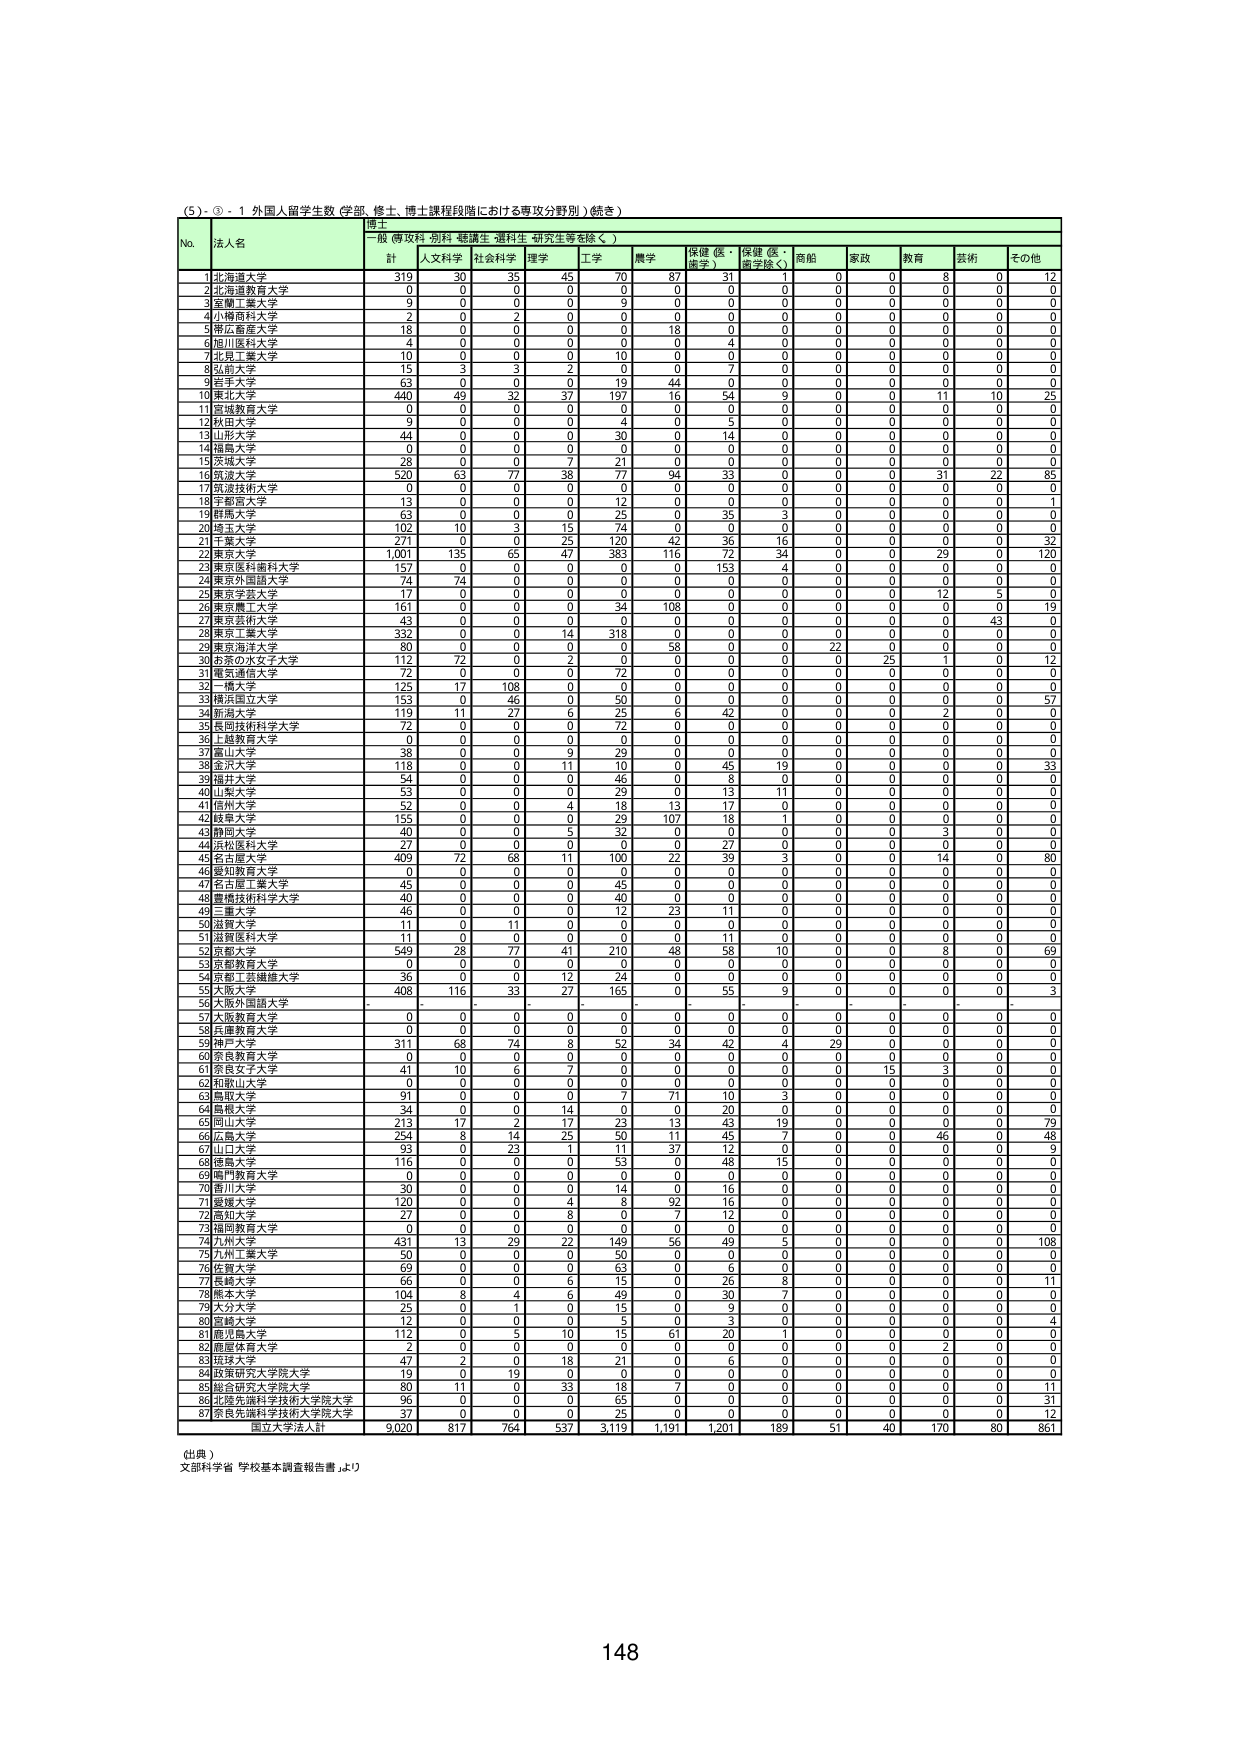
(5)、③ - 1 外国人留学生数（学部、修士、博士課程段階における専攻分野別）（続き）

博士
一般（専攻科・別科・聴講生・選科生・研究生等を除く）

No. 法人名 計 人文科学 社会科学 理学 工学 農学 保健（医・歯学） 保健（医・歯学除く） 商船 家政 教育 芸術 その他

1 北海道大学 319 30 35 45 70 87 31 1 0 0 8 0 12
2 北海道教育大学 0 0 0 0 0 0 0 0 0 0 0 0 0
3 室蘭工業大学 9 0 0 0 9 0 0 0 0 0 0 0 0
4 小樽商科大学 2 0 2 0 0 0 0 0 0 0 0 0 0
5 帯広畜産大学 18 0 0 0 0 18 0 0 0 0 0 0 0
6 旭川医科大学 4 0 0 0 0 0 4 0 0 0 0 0 0
7 北見工業大学 10 0 0 0 10 0 0 0 0 0 0 0 0
8 弘前大学 15 3 3 2 0 7 0 0 0 0 0 0 0
9 岩手大学 63 0 0 0 19 44 0 0 0 0 0 0 0
10 東北大学 440 49 32 37 197 16 54 9 0 0 11 10 25
11 宮城教育大学 0 0 0 0 0 0 0 0 0 0 0 0 0
12 秋田大学 9 0 0 0 4 0 5 0 0 0 0 0 0
13 山形大学 44 0 0 0 30 0 14 0 0 0 0 0 0
14 福島大学 0 0 0 0 0 0 0 0 0 0 0 0 0
15 茨城大学 28 0 0 7 21 0 0 0 0 0 0 0 0
16 筑波大学 520 63 77 38 77 94 33 0 0 0 31 22 85
17 筑波技術大学 0 0 0 0 0 0 0 0 0 0 0 0 0
18 宇都宮大学 13 0 0 0 12 0 0 0 0 0 0 0 1
19 群馬大学 63 0 0 0 25 0 35 3 0 0 0 0 0
20 埼玉大学 102 10 3 15 74 0 0 0 0 0 0 0 0
21 千葉大学 271 0 0 25 120 42 36 16 0 0 0 0 32
22 東京大学 1,001 135 65 47 383 116 72 34 0 0 29 0 120
23 東京医科歯科大学 157 0 0 0 0 0 153 4 0 0 0 0 0
24 東京外国語大学 74 74 0 0 0 0 0 0 0 0 0 0 0
25 東京学芸大学 17 0 0 0 0 0 0 0 0 0 12 5 0
26 東京農工大学 161 0 0 0 34 108 0 0 0 0 0 0 19
27 東京芸術大学 43 0 0 0 0 0 0 0 0 0 0 43 0
28 東京工業大学 332 0 0 14 318 0 0 0 0 0 0 0 0
29 東京海洋大学 80 0 0 0 0 58 0 0 22 0 0 0 0
30 お茶の水女子大学 112 72 0 2 0 0 0 0 0 25 1 0 12
31 電気通信大学 72 0 0 0 72 0 0 0 0 0 0 0 0
32 一橋大学 125 17 108 0 0 0 0 0 0 0 0 0 0
33 横浜国立大学 153 0 46 0 50 0 0 0 0 0 0 0 57
34 新潟大学 119 11 27 6 25 6 42 0 0 0 2 0 0
35 長岡技術科学大学 72 0 0 0 72 0 0 0 0 0 0 0 0
36 上越教育大学 0 0 0 0 0 0 0 0 0 0 0 0 0
37 富山大学 38 0 0 9 29 0 0 0 0 0 0 0 0
38 金沢大学 118 0 0 11 10 0 45 19 0 0 0 0 33
39 福井大学 54 0 0 0 46 0 8 0 0 0 0 0 0
40 山梨大学 53 0 0 0 29 0 13 11 0 0 0 0 0
41 信州大学 52 0 0 4 18 13 17 0 0 0 0 0 0
42 静岡大学 155 0 0 0 29 107 18 1 0 0 0 0 0
43 静岡大学 40 0 0 5 32 0 0 0 0 0 3 0 0
44 小田原大学 27 0 0 0 0 0 27 0 0 0 0 0 0
45 名古屋大学 409 72 68 11 100 22 39 3 0 0 14 0 80
46 愛知教育大学 0 0 0 0 0 0 0 0 0 0 0 0 0
47 名古屋工業大学 45 0 0 0 45 0 0 0 0 0 0 0 0
48 豊橋技術科学大学 40 0 0 0 40 0 0 0 0 0 0 0 0
49 三重大学 46 0 0 0 12 23 11 0 0 0 0 0 0
50 滋賀大学 11 0 11 0 0 0 0 0 0 0 0 0 0
51 滋賀医科大学 11 0 0 0 0 0 11 0 0 0 0 0 0
52 京都大学 549 28 77 41 210 48 58 10 0 0 8 0 69
53 京都教育大学 0 0 0 0 0 0 0 0 0 0 0 0 0
54 京都工芸繊維大学 36 0 0 12 24 0 0 0 0 0 0 0 0
55 大阪大学 408 116 33 27 165 0 55 9 0 0 0 0 3
56 大阪外国語大学 - - - - - - - - - - - - -
57 大阪教育大学 0 0 0 0 0 0 0 0 0 0 0 0 0
58 兵庫教育大学 0 0 0 0 0 0 0 0 0 0 0 0 0
59 神戸大学 311 68 74 8 52 34 42 4 29 0 0 0 0
60 奈良教育大学 0 0 0 0 0 0 0 0 0 0 0 0 0
61 奈良女子大学 41 10 6 7 0 0 0 0 0 15 3 0 0
62 和歌山大学 0 0 0 0 0 0 0 0 0 0 0 0 0
63 鳥取大学 91 0 0 0 7 71 10 3 0 0 0 0 0
64 島根大学 34 0 0 14 0 0 20 0 0 0 0 0 0
65 岡山大学 213 17 2 17 23 13 43 19 0 0 0 0 79
66 広島大学 254 8 14 25 50 11 45 7 0 0 46 0 48
67 山口大学 33 0 23 1 11 37 12 0 0 0 0 0 9
68 徳島大学 116 0 0 0 53 0 48 15 0 0 0 0 0
69 岡山教育大学 0 0 0 0 0 0 0 0 0 0 0 0 0
70 香川大学 30 0 0 0 14 0 16 0 0 0 0 0 0
71 愛媛大学 120 0 0 4 8 92 16 0 0 0 0 0 0
72 高知大学 27 0 0 8 0 7 12 0 0 0 0 0 0
73 福岡教育大学 0 0 0 0 0 0 0 0 0 0 0 0 0
74 九州大学 431 13 29 22 149 56 49 5 0 0 0 0 108
75 九州工業大学 50 0 0 0 50 0 0 0 0 0 0 0 0
76 佐賀大学 69 0 0 0 63 0 6 0 0 0 0 0 0
77 長崎大学 66 0 0 6 15 0 26 8 0 0 0 0 11
78 熊本大学 104 8 4 6 49 0 30 7 0 0 0 0 0
79 大分大学 25 0 1 0 15 0 9 0 0 0 0 0 0
80 宮崎大学 12 0 0 0 5 0 3 0 0 0 0 0 4
81 鹿児島大学 112 0 5 10 15 61 20 1 0 0 0 0 0
82 鹿屋体育大学 2 0 0 0 0 0 0 0 0 0 2 0 0
83 琉球大学 47 2 0 18 21 0 6 0 0 0 0 0 0
84 政策研究大学院大学 19 0 19 0 0 0 0 0 0 0 0 0 0
85 総合研究大学院大学 80 11 0 33 18 7 0 0 0 0 0 0 11
86 北陸先端科学技術大学院大学 96 0 0 0 65 0 0 0 0 0 0 0 31
87 奈良先端科学技術大学院大学 37 0 0 0 25 0 0 0 0 0 0 0 12

国立大学法人計 9,020 817 764 537 3,119 1,191 1,201 189 51 40 170 80 861

（出典）
文部科学省「学校基本調査報告書」より

148